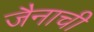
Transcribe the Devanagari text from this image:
जैनाची